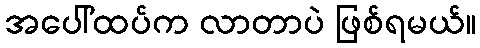
အပေါ်ထပ်က လာတာပဲ ဖြစ်ရမယ်။